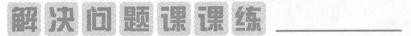
解决问题课课练___